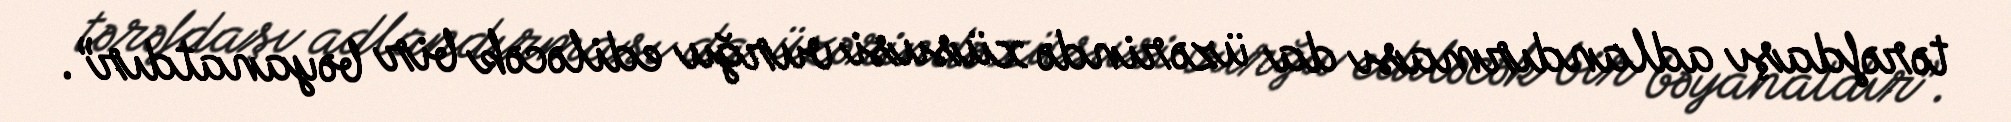
tərəfdaşı adlandırması da üzərində xüsusi vurğu ediləcək bir bəyanatdır”.